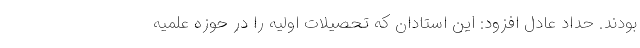
بودند. حداد عادل افزود: این استادان که تحصیلات اولیه را در حوزه علمیه